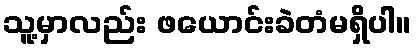
သူ့မှာလည်း ဖယောင်းခဲတံမရှိပါ။